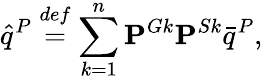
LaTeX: \hat{q}^{P}\overset{def}{=}\sum_{k=1}^{n}\mathbf{P}^{Gk}\mathbf{P}^{Sk}\bar{q}^{P},